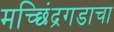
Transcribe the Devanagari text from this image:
मच्छिंद्रगडाचा